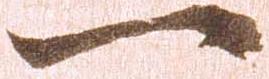
一